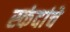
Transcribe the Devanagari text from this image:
स्कंदांचे